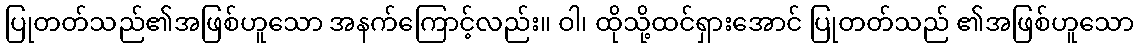
ပြုတတ်သည်၏အဖြစ်ဟူသော အနက်ကြောင့်လည်း။ ဝါ၊ ထိုသို့ထင်ရှားအောင် ပြုတတ်သည် ၏အဖြစ်ဟူသော